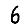
Digit: 6